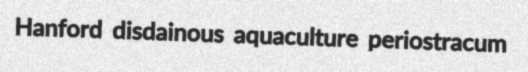
Hanford disdainous aquaculture periostracum